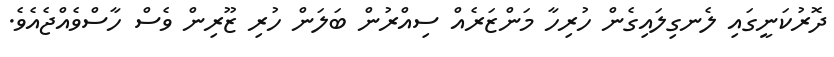
ދޮރުކަނީގައި ލެނގިލައިގެން ހުރިހާ މަންޒަރެއް ސިއްރުން ބަލަން ހުރި ޒޫރިން ވެސް ހާސްވެއްޖެއެވެ.